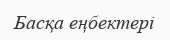
Басқа еңбектері